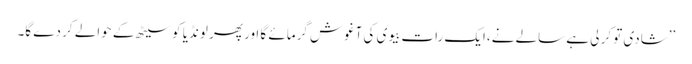
’’شادی تو کر لی ہے سالے نے،ایک رات بیوی کی آغوش گرمائے گا اور پھر لونڈیا کو سیٹھ کے حوالے کر دے گا۔